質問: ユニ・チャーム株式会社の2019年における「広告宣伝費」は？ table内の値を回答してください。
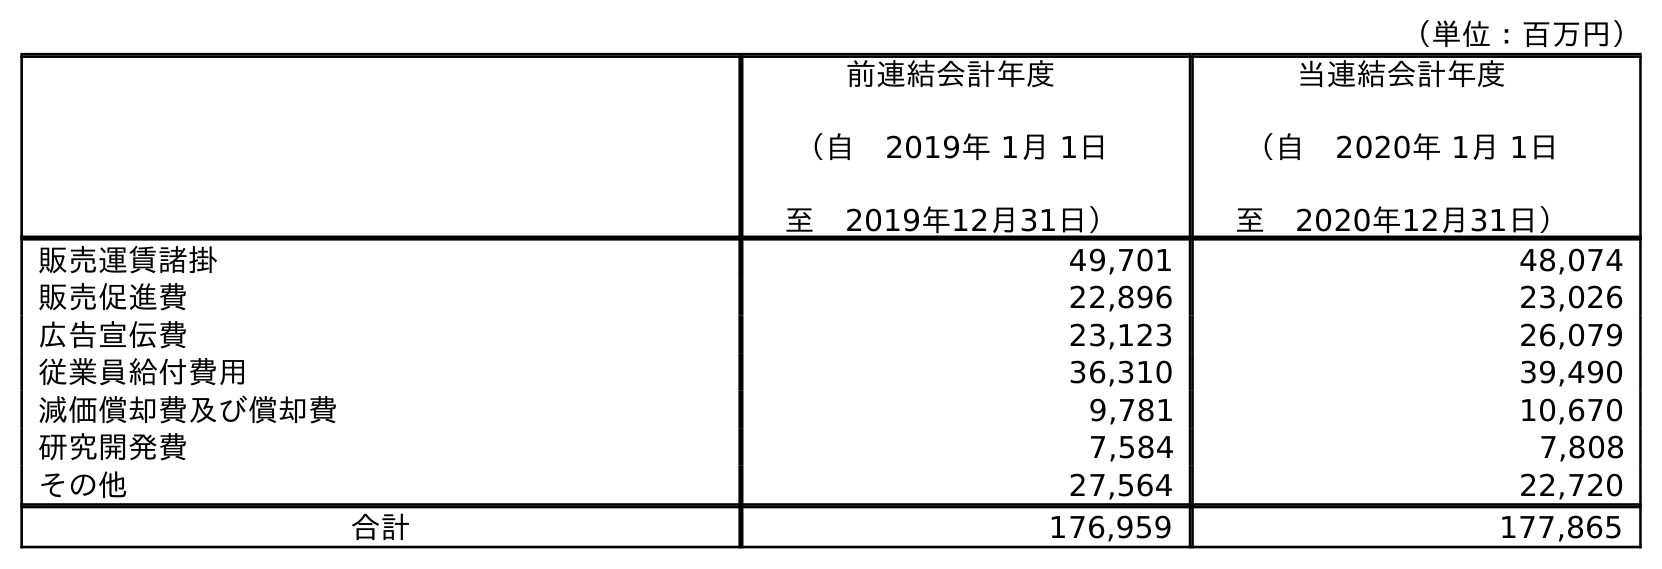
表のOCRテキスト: （単位：百万円） 前連結会計年度 （自 2019年 1月 1日 至 2019年12月31日） 当連結会計年度 （自 2020年 1月 1日 至 2020年12月31日） 販売運賃諸掛 49,701 48,074 販売促進費 22,896 23,026 広告宣伝費 23,123 26,079 従業員給付費用 36,310 39,490 減価償却費及び償却費 9,781 10,670 研究開発費 7,584 7,808 その他 27,564 22,720 合計 176,959 177,865
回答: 23,123